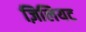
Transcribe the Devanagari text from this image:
ज़िलियट